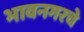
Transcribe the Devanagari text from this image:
भावनगरचे